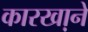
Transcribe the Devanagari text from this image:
कारखा़ने